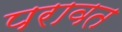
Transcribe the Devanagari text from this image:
परावत